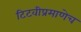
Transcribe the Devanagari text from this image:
टिटवीप्रमाणेच